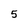
Character: 5